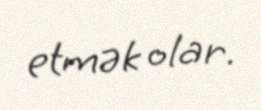
etmək olar.